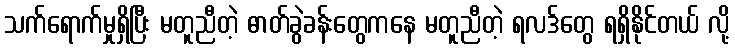
သက်ရောက်မှုရှိပြီး မတူညီတဲ့ ဓာတ်ခွဲခန်းတွေကနေ မတူညီတဲ့ ရလဒ်တွေ ရရှိနိုင်တယ် လို့